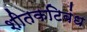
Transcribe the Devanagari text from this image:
शीतकटिबंध